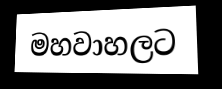
මහවාහලට